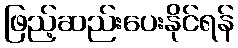
ဖြည့်ဆည်းပေးနိုင်ရန်